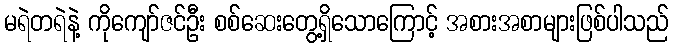
မရဲတရဲနဲ့ ကိုကျော်ဇင်ဦး စစ်ဆေးတွေ့ရှိသောကြောင့် အစားအစာများဖြစ်ပါသည်